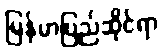
မြန်မာပြည်ဆိုင်ရာ